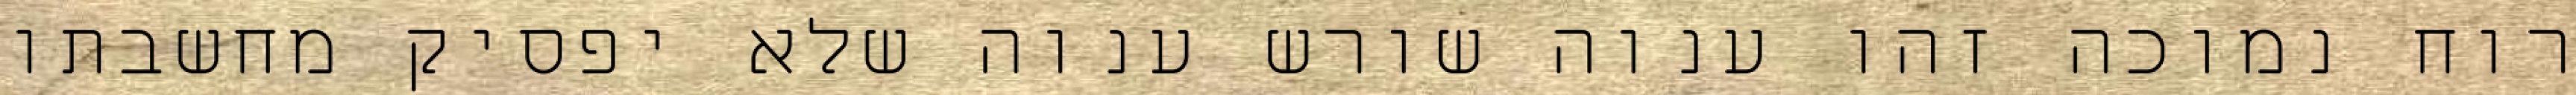
רוח נמוכה זהו ענוה שורש ענוה שלא יפסיק מחשבתו